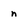
Character: n